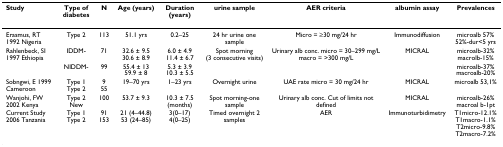
<table><thead><tr><td><b>Study</b></td><td><b>Type of diabetes</b></td><td><b>N</b></td><td><b>Age (years)</b></td><td><b>Duration (years)</b></td><td><b>urine sample</b></td><td><b>AER criteria</b></td><td><b>albumin assay</b></td><td><b>Prevalences</b></td></tr></thead><tbody><tr><td>Erasmus, RT 1992 Nigeria</td><td>Type 2</td><td>113</td><td>51.1 yrs</td><td>0.2–25</td><td>24 hr urine one sample</td><td>Micro = ≥30 mg/24 hr</td><td>Immunodiffusion</td><td>microalb 57%52%-dur&lt;5 yrs</td></tr><tr><td>Rahlenbeck, SI 1997 Ethiopia</td><td>IDDM-</td><td>71</td><td>32.6 ± 9.530.6 ± 8.9</td><td>6.0 ± 4.911.4 ± 6.7</td><td>Spot morning (3 consecutive visits)</td><td>Urinary alb conc. micro = 30–299 mg/Lmacro = &gt;300 mg/L</td><td>MICRAL</td><td>microalb-32%macrolb-15%</td></tr><tr><td></td><td>NIDDM-</td><td>99</td><td>55.4 ± 1359.9 ± 8</td><td>5.3 ± 3.910.3 ± 5.5</td><td></td><td></td><td></td><td>microalb-37%macroalb-20%</td></tr><tr><td>Sobngwi, E 1999 Cameroon</td><td>Type 1Type 2</td><td>955</td><td>19–70 yrs</td><td>1–23 yrs</td><td>Overnight urine</td><td>UAE rate micro = 30 mg/24 hr</td><td>MICRAL</td><td>microalb 53,1%</td></tr><tr><td>Wanjohi, FW 2002 Kenya</td><td>Type 2New</td><td>100</td><td>53.7 ± 9.3</td><td>10.3 ± 7.5 (months)</td><td>Spot morning-one sample</td><td>Urinary alb conc. Cut of limits not defined</td><td>MICRAL</td><td>microalb-26%macroal b-1pt</td></tr><tr><td>Current Study 2006 Tanzania</td><td>Type 1Type 2</td><td>91153</td><td>21 (4–44.8)53 (24–85)</td><td>3(0–17)4(0–25)</td><td>Timed overnight 2 samples</td><td>AER</td><td>Immunoturbidimetry</td><td>T1micro-12.1%T1macro-1.1%T2micro-9.8%T2macro-7.2%</td></tr></tbody></table>